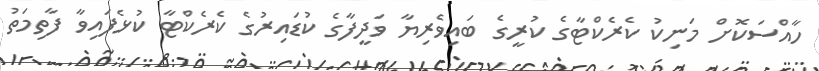
ހާއްސަކޮށް މަނިކު ކެރެކްޓާގެ ކުރީގެ ބައިވެރިޔާ ވަދީފާގެ ކުޑައިރުގެ ކެރެކްޓާ ކުޅެފައިވާ ފާތިމަތު